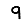
Digit: 9